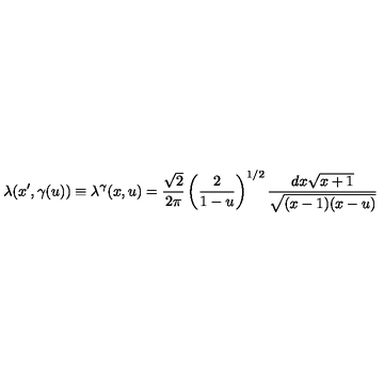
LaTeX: \lambda ( x ^ { \prime } , \gamma ( u ) ) \equiv \lambda ^ { \gamma } ( x , u ) = \frac { \sqrt 2 } { 2 \pi } \left( \frac { 2 } { 1 - u } \right) ^ { 1 / 2 } \frac { d x \sqrt { x + 1 } } { \sqrt { ( x - 1 ) ( x - u ) } }